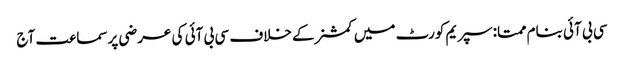
سی بی آئی بنام ممتا:سپریم کورٹ میں کمشنرکے خلاف سی بی آئی کی عرضی پرسماعت آج